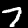
Digit: 7